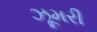
ઝૂમરી